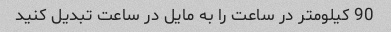
90 کیلومتر در ساعت را به مایل در ساعت تبدیل کنید